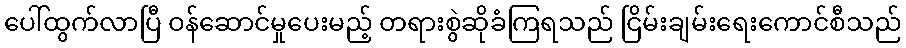
ပေါ်ထွက်လာပြီ ဝန်ဆောင်မှုပေးမည့် တရားစွဲဆိုခံကြရသည် ငြိမ်းချမ်းရေးကောင်စီသည်